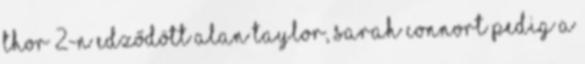
Thor 2-n edződött Alan Taylor, Sarah Connort pedig a